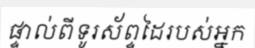
ផ្ទាល់ពីទូរស័ព្ទដៃរបស់អ្នក